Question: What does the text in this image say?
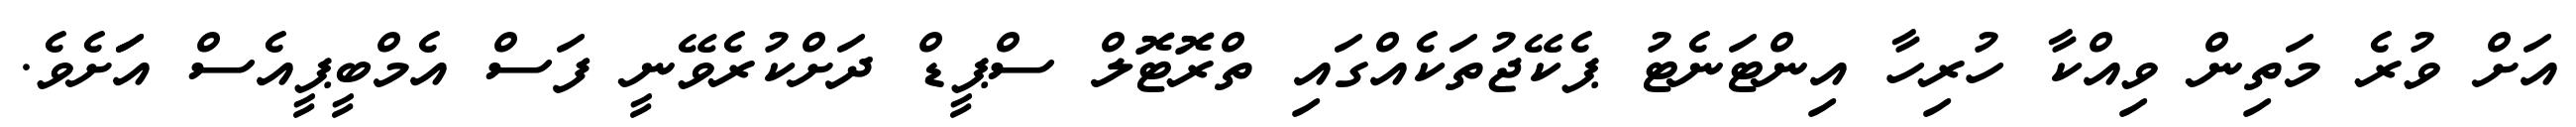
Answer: އަށް ވުރެ މަތިން ވިއްކާ ހުރިހާ އިންޓަނެޓު ޕެކޭޖުތަކެއްގައި ތްރޮޓޮލް ސްޕީޑް ދަށްކުރެވޭނީ ފަސް އެމްބީޕީއެސް އަަށެވެ.